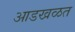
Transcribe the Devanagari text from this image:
आडखळत